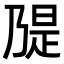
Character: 𫡝